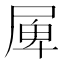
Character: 𡲎